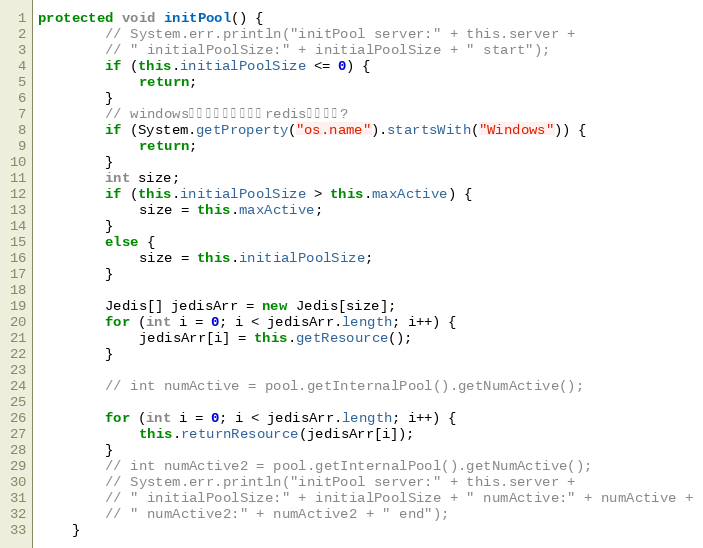
Language: Java
protected void initPool() {
		// System.err.println("initPool server:" + this.server +
		// " initialPoolSize:" + initialPoolSize + " start");
		if (this.initialPoolSize <= 0) {
			return;
		}
		// windows环境关闭初始化默认redis连接功能?
		if (System.getProperty("os.name").startsWith("Windows")) {
			return;
		}
		int size;
		if (this.initialPoolSize > this.maxActive) {
			size = this.maxActive;
		}
		else {
			size = this.initialPoolSize;
		}

		Jedis[] jedisArr = new Jedis[size];
		for (int i = 0; i < jedisArr.length; i++) {
			jedisArr[i] = this.getResource();
		}

		// int numActive = pool.getInternalPool().getNumActive();

		for (int i = 0; i < jedisArr.length; i++) {
			this.returnResource(jedisArr[i]);
		}
		// int numActive2 = pool.getInternalPool().getNumActive();
		// System.err.println("initPool server:" + this.server +
		// " initialPoolSize:" + initialPoolSize + " numActive:" + numActive +
		// " numActive2:" + numActive2 + " end");
	}